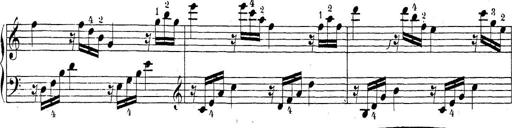
Title: Sonatina Album
Composer: Louis KÃ¶hler